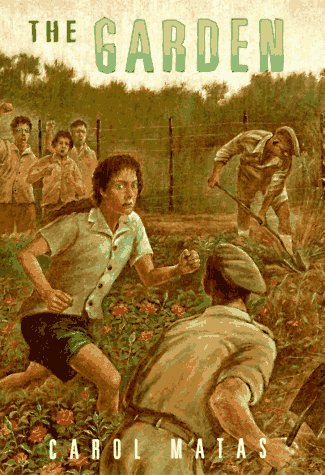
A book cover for The Garden; Carol Matas; Teen & Young Adult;